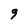
Character: 9